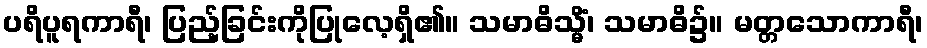
ပရိပူရကာရီ၊ ပြည့်ခြင်းကိုပြုလေ့ရှိ၏။ သမာဓိသ္မိံ၊ သမာဓိ၌။ မတ္တသောကာရီ၊